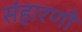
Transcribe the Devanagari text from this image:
संहारणी